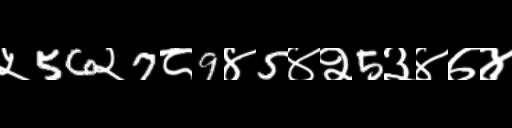
Text: ५56२7८9४5४२5३४७४